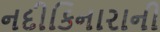
નદીકિનારાની